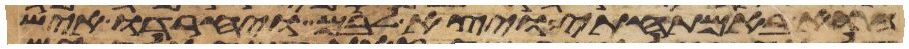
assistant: הוא באמתחתי ויצא לבם ויחרדו איש